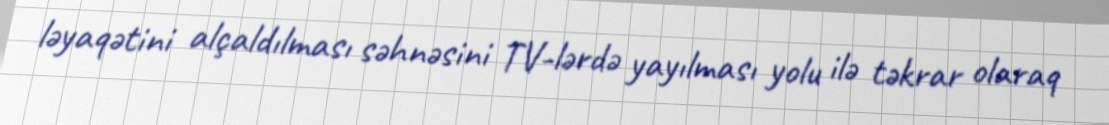
ləyaqətini alçaldılması səhnəsini TV-lərdə yayılması yolu ilə təkrar olaraq